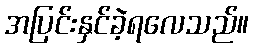
အပြင်းနှင်ခဲ့ရလေသည်။